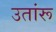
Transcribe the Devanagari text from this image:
उतांरू